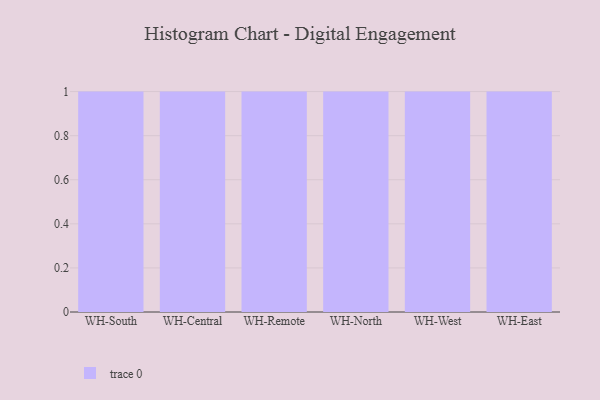
{"axis": {"x": "Warehouse", "y": "Website Visitors"}, "legend": [""], "data": [{"x": "WH-South", "y": 38, "type": ""}, {"x": "WH-Central", "y": 93, "type": ""}, {"x": "WH-Remote", "y": 84, "type": ""}, {"x": "WH-North", "y": 38, "type": ""}, {"x": "WH-West", "y": 97, "type": ""}, {"x": "WH-East", "y": 15, "type": ""}]}